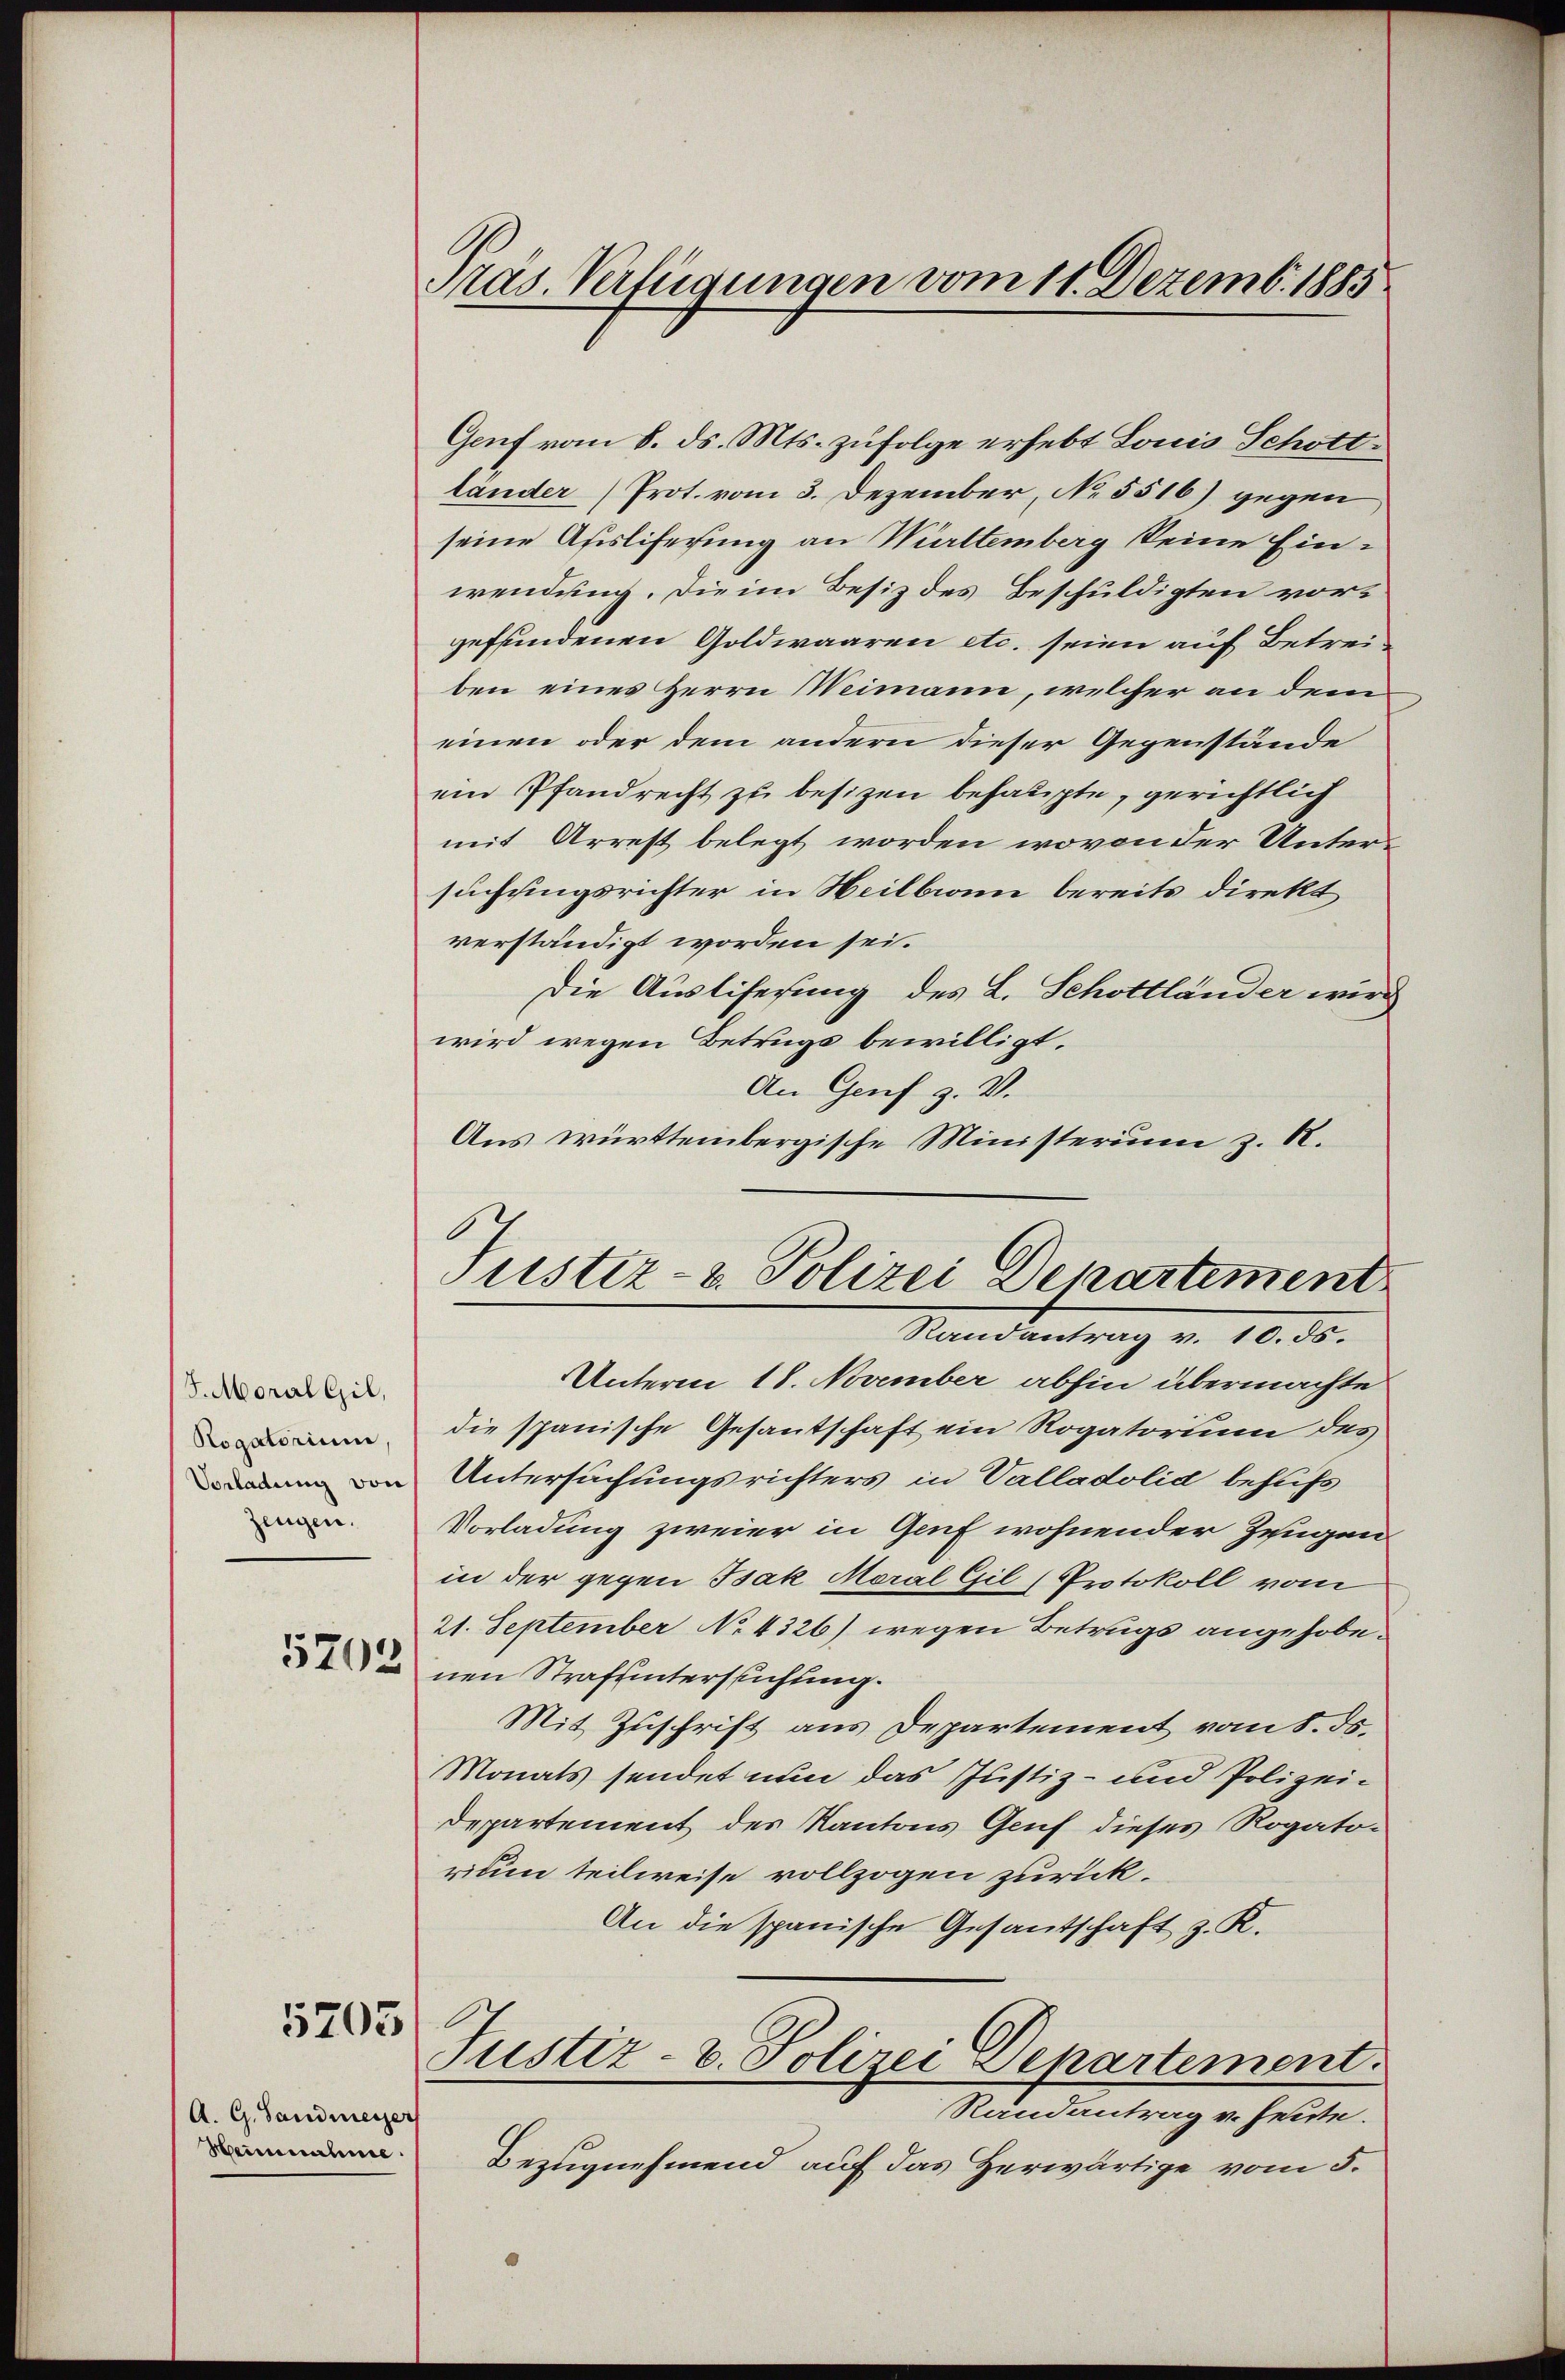
J. Moral Gil,
Rogatorium
Zeugen.

5205

A. G. Sandmesser
Heinnahme.

Präs. Verfügungen vom 11. Dezemb. 1885.

Genf vom 8. ds. Mts. zufolge erhebt Louis Schottländer Prot. vom 3. Dezember, No 5516) gegen
seine Afisliferung an Württemberg seine Einwendung. Die im Besiz des Beschuldigten vorgefundenen Goldwaaren etc. seien auf Betreiben eines Herrn Weimann, welcher an dem
einen oder dem andern dieser Gegenstände
ein Pfandrecht zu besizen behaupte, gerichtlich
mit Arrest belegt worden, wovon der Untersuchungsrichter in Weilbronn bereits direkt
verständigt worden sei.
Die Auslisesung des L. Schottländer wird
wird wegen Betrugs bewilligt.
An Genf z. V.
Aus württembergische Ministerium z. B.

6
Justiz- & Polizei Departement

Randantrag v. 10. ds.
Unterm 18. November abhin übermachte
die spanische Gesantschaft ein Rogatorium des
n von Untersuchungsrichters in Valladolid behufs
Vorladung zweier in Genf wohnender Zeugen
in der gegen Isak Moral Gil (Protokoll vom
21. September No. 4326) wegen Betrugs angehobenen Strafuntersuchtung.
Mit Zuschrift aus Departement vom 8. ds.
Monats sendet nun das Justiz- und Polizei¬
Departement des Kantons Gruf dieses Rogato-
rium teilweise vollzogen zurück.
An die spanische Gesantschaft z. R.
Justiz- u. Polizei Departement
Randantrag v. heute.
Bezugnehmend auf das Herwärtige vom 5.